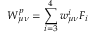
W _ { \mu \nu } ^ { p } = \sum _ { i = 3 } ^ { 4 } w _ { \mu \nu } ^ { i } { \cal F } _ { i }